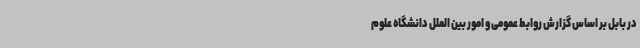
در بابل بر اساس گزارش روابط‌ عمومی و امور بین ‌الملل دانشگاه علوم